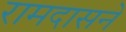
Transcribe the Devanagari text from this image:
रामदासने